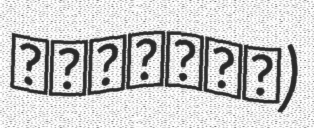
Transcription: الغساني)